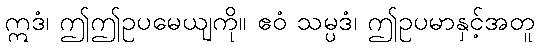
ဣဒံ၊ ဤဤဥပမေယျကို။ ဧဝံ သမ္ပဒံ၊ ဤဥပမာနှင့်အတူ